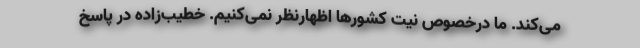
می‌کند. ما درخصوص نیت کشورها اظهارنظر نمی‌کنیم. خطیب‌زاده در پاسخ